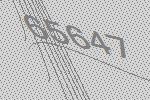
65647